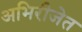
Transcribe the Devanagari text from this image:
अभिरीजेत